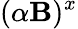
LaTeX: (\alpha{\mathbf{B}})^{x}